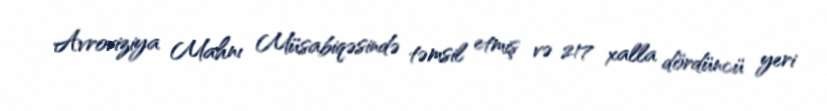
Avroviziya Mahnı Müsabiqəsində təmsil etmiş və 217 xalla dördüncü yeri